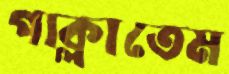
পাক্‌লাতেম